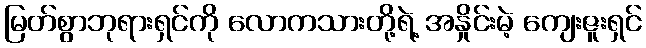
မြတ်စွာဘုရားရှင်ကို လောကသားတို့ရဲ့ အနှိုင်းမဲ့ ကျေးဇူးရှင်